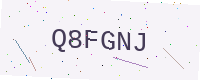
Text: Q8FGNJ